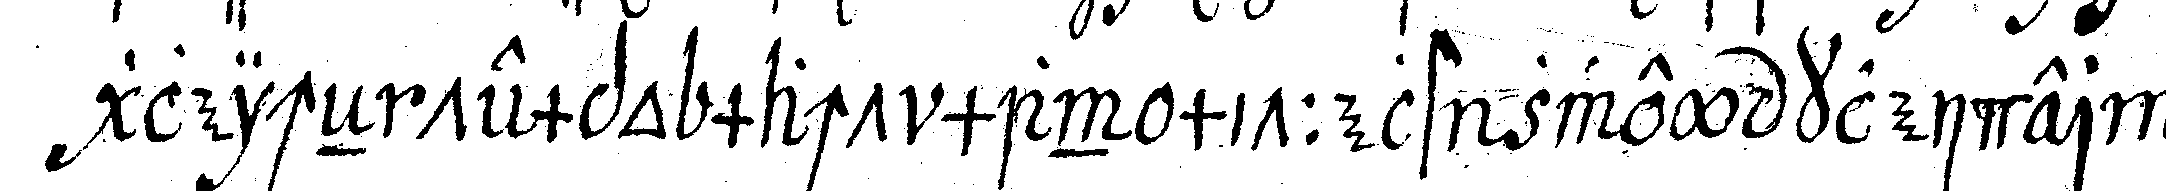
gleicheN tempo macht man mittelst zwey kleider